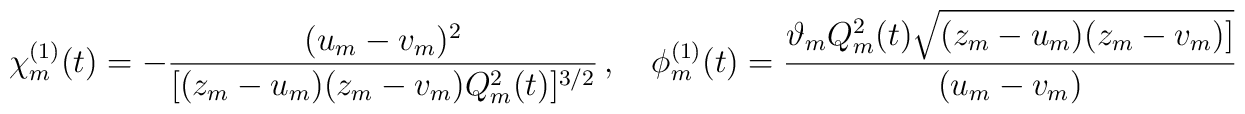
\chi_m^{(1)}(t)=-\frac{(u_m-v_m)^2}{[(z_m-u_m)(z_m-v_m)Q_m^2(t)]^{3/2}}\,,\quad\phi_m^{(1)}(t)=\frac{\vartheta_mQ_m^2(t)\sqrt{(z_m-u_m)(z_m-v_m)]}}{(u_m-v_m)}